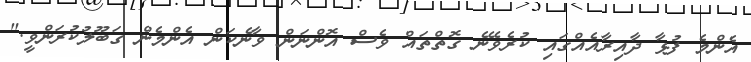
އެންމެ ފުޅާ ދާއިރާއެއްގައި ކުރެވޭނެ ގޮތްތައް ވެސް އޮންނަން ވާނެކަން އެންމެން ގަބޫލުކުރަންވީ."